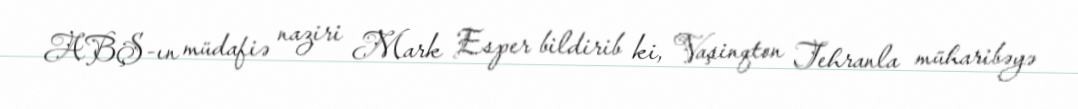
ABŞ-ın müdafiə naziri Mark Esper bildirib ki, Vaşinqton Tehranla müharibəyə